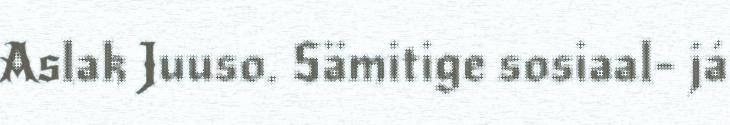
Aslak Juuso. Sämitige sosiaal- já